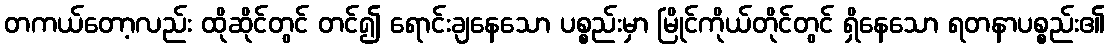
တကယ်တော့လည်း ထိုဆိုင်တွင် တင်၍ ရောင်းချနေသော ပစ္စည်းမှာ မြိုင်ကိုယ်တိုင်တွင် ရှိနေသော ရတနာပစ္စည်း၏